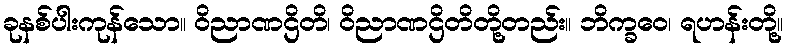
ခုနစ်ပါးကုန်သော။ ဝိညာဏဌိတိ၊ ဝိညာဏဌိတိတို့တည်း။ ဘိက္ခဝေ၊ ရဟန်းတို့။